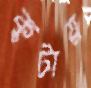
কুটায়